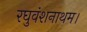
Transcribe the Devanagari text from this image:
रघुवंशनाथम।